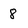
Character: 8